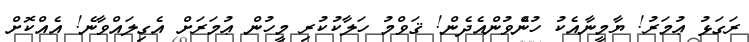
ރަގަޅު ޢުމަރު! ޔާމީނާއެކު ހުންެވުންއެެދެން! ޤަވްމު ހަލާކުކުރި މީހުން ޢުމަރަށް އެގިލައްވާނެ! އެއްކޮށް